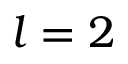
l = 2